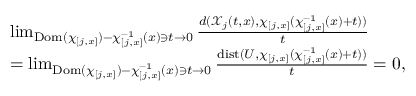
\begin{array} { r l } & { \operatorname* { l i m } _ { \mathrm { D o m } ( \chi _ { [ j , x ] } ) - \chi _ { [ j , x ] } ^ { - 1 } ( x ) \ni t \to 0 } \frac { d ( \mathcal { X } _ { j } ( t , x ) , \chi _ { [ j , x ] } ( \chi _ { [ j , x ] } ^ { - 1 } ( x ) + t ) ) } { t } } \\ & { = \operatorname* { l i m } _ { \mathrm { D o m } ( \chi _ { [ j , x ] } ) - \chi _ { [ j , x ] } ^ { - 1 } ( x ) \ni t \to 0 } \frac { \mathrm { d i s t } ( U , \chi _ { [ j , x ] } ( \chi _ { [ j , x ] } ^ { - 1 } ( x ) + t ) ) } { t } = 0 , } \end{array}